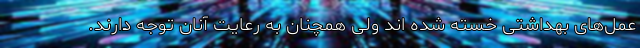
عمل­های بهداشتی خسته شده­ اند ولی همچنان به رعایت آنان توجه دارند.